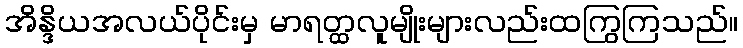
အိန္ဒိယအလယ်ပိုင်းမှ မာရတ္ထလူမျိုးများလည်းထကြွကြသည်။